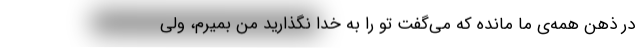
در ذهن همه‌ی ما مانده که می‌گفت تو را به خدا نگذارید من بمیرم، ولی